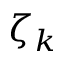
\zeta _ { k }